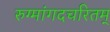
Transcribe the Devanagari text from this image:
रुग्मांगदचरितम्